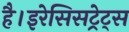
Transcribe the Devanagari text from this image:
है।इरेसिसट्रेट्स